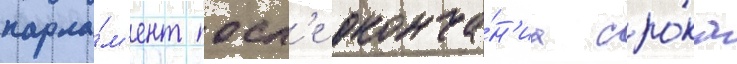
парла́м'ент посл'е оконча́н'иа сро́ка